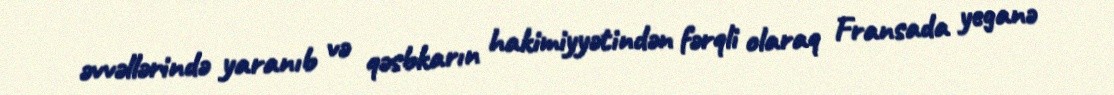
əvvəllərində yaranıb və qəsbkarın hakimiyyətindən fərqli olaraq Fransada yeganə